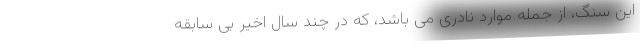
این سنگ، از جمله موارد نادری می باشد، که در چند سال اخیر بی سابقه